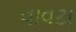
વાવટા